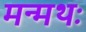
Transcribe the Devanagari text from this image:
मन्मथः